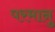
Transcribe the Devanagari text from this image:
परमानु